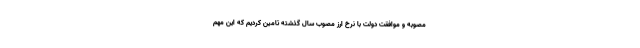
مصوبه و موافقت دولت با نرخ ارز مصوب سال گذشته تامین کردیم که این مهم